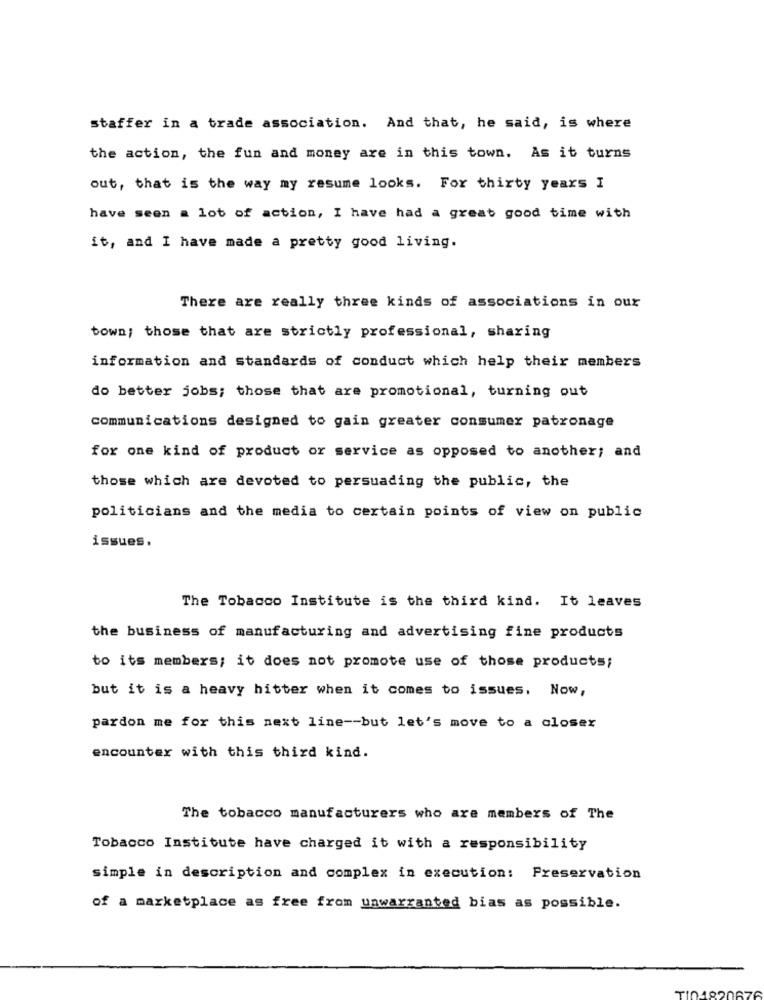
staffer in a trade association. And that, he said, is where
the action, the fun and money are in this town. As it turns
out, that is the way my resume looks. For thirty years I
have seen a lot of action, I have had a great good time with
it, and I have made a pretty good living.
There are really three kinds of associations in our
town; those that are strictly professional, sharing
information and standards of conduct which help their members
do better jobs; those that are promotional, turning out
communications designed to gain greater consumer patronage
for one kind of product or service as opposed to another; and
those which are devoted to persuading the public, the
politicians and the media to certain points of view on public
issues.
The Tobacco Institute is the third kind. It leaves
the business of manufacturing and advertising fine products
to its members; it does not promote use of those products;
but it is a heavy hitter when it comes to issues. Now,
pardon me for this next line -- but let's move to a closer
encounter with this third kind.
The tobacco manufacturers who are members of The
Tobacco Institute have charged it with a responsibility
simple in description and complex in execution: Preservation
of a marketplace as free from unwarranted bias as possible.